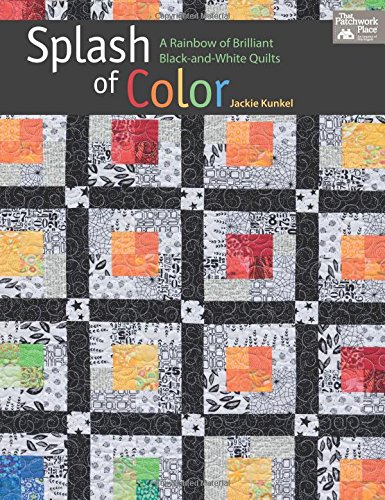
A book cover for Splash of Color: A Rainbow of Brilliant Black-and-white Quilts; Jackie Kunkel; Crafts, Hobbies & Home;